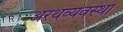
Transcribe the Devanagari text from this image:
अरथव्यवस्था